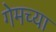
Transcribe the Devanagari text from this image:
गेमच्या